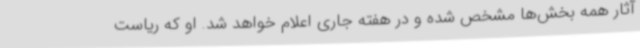
آثار همه بخش‌ها مشخص شده و در هفته جاری اعلام خواهد شد. او که ریاست